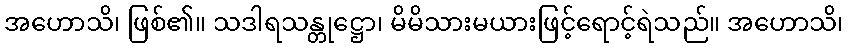
အဟောသိ၊ ဖြစ်၏။ သဒါရသန္တုဋ္ဌော၊ မိမိသားမယားဖြင့်ရောင့်ရဲသည်။ အဟောသိ၊